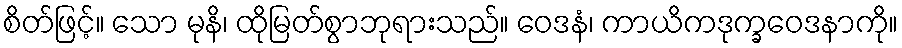
စိတ်ဖြင့်။ သော မုနိ၊ ထိုမြတ်စွာဘုရားသည်။ ဝေဒနံ၊ ကာယိကဒုက္ခဝေဒနာကို။